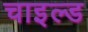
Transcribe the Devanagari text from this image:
चाइल्‍ड